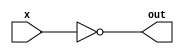
`timescale 1ns/1ps

module myNot (out, x);

	input x;
	output out;

	nand (out, x, x);

endmodule

module myOr(o, x, y);
    input x, y;
    output o;

	wire nx, ny;

	myNot o0(nx, x);
	myNot o1(ny, y);
    nand o2(o, nx, ny);

endmodule

module myAnd(o, x, y);

    input x, y;
    output o;

    wire w;

	nand n0(w, x, y);
	myNot n1(o, w);

endmodule

module myXor(o, x, y);

    input x, y;
    output o;

    wire nx, ny, wx, wy;

	myNot x0(nx, x);
	myNot x1(ny, y);
	myAnd x2(wx, x, ny);
	myAnd x3(wy, nx, y);
	myOr x4(o, wx, wy);

endmodule

module Half_Adder(sum, cout, x, y);

    input x, y;
    output cout, sum;

	myAnd a0(cout, x, y);
	myXor a1(sum, x, y);

endmodule

module Full_Adder(sum, cout, a, b, cin);

    input a, b, cin;
    output cout, sum;

	wire w1, w2, w3;

	Half_Adder f0(w1, w2, a, b);
	Half_Adder f1(sum, w3, cin, w1);
	myOr f2(cout, w3, w2);

endmodule

module Ripple_Carry_Adder(a, b, cin, cout, sum);

    input [8-1:0] a, b;
    input cin;
    output cout;
    output [8-1:0] sum;

    //wire [7-1:0] mid;
	wire c1, c2, c3, c4, c5, c6, c7;

	Full_Adder r0(sum[0], c1, a[0], b[0], cin);
	Full_Adder r1(sum[1], c2, a[1], b[1], c1);
	Full_Adder r2(sum[2], c3, a[2], b[2], c2);
	Full_Adder r3(sum[3], c4, a[3], b[3], c3);
	Full_Adder r4(sum[4], c5, a[4], b[4], c4);
	Full_Adder r5(sum[5], c6, a[5], b[5], c5);
	Full_Adder r6(sum[6], c7, a[6], b[6], c6);
	Full_Adder r7(sum[7], cout, a[7], b[7], c7);

endmodule